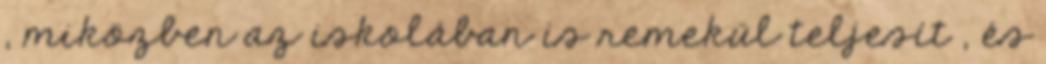
, miközben az iskolában is remekül teljesít , és